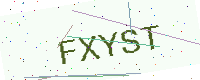
Text: FXYST